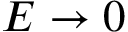
E \rightarrow 0